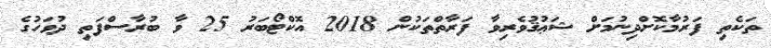
ތަކެތި ފަރުމާކޮށްދިނުމަށް ޝަޢުޤުވެރިވާ ފަރާތްތަކުން 2018 އޮކްޓޯބަރު 25 ވާ ބުރާސްފަތި ދުވަހުގެ